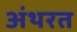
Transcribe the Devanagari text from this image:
अंथरत